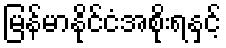
မြန်မာနိုင်ငံအစိုးရနှင့်